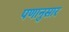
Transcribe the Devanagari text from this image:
पणानुसार